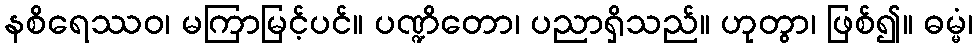
နစိရေဿဝ၊ မကြာမြင့်ပင်။ ပဏ္ဍိတော၊ ပညာရှိသည်။ ဟုတွာ၊ ဖြစ်၍။ ဓမ္မံ၊